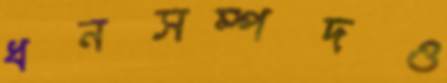
ধনসম্পদও